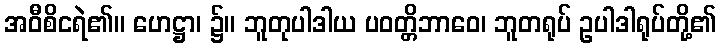
အဝီစိငရဲ၏။ ဟေဋ္ဌာ၊ ၌။ ဘူတုပါဒါယ ပဝတ္တိဘာဝေ၊ ဘူတရုပ် ဥပါဒါရုပ်တို့၏